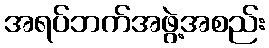
အရပ်ဘက်အဖွဲ့အစည်း